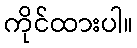
ကိုင်ထားပါ။